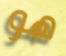
هو